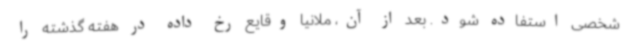
شخصی استفاده شود. بعد از آن، ملانیا وقایع رخ داده در هفته گذشته را